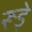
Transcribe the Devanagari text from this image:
रूड़े